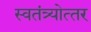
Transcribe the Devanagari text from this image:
स्वतंत्र्योत्‍तर